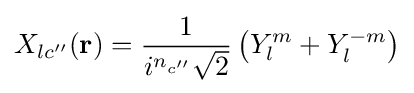
X_{lc''}(\mathbf {r} )={\frac {1}{i^{n_{c''}}{\sqrt {2}}}}\left(Y_{l}^{m}+Y_{l}^{-m}\right)